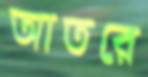
আতরে